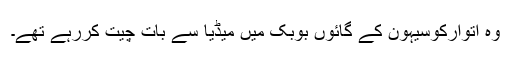
وہ اتوارکوسیہون کے گائوں بوبک میں میڈیا سے بات چیت کررہے تھے۔